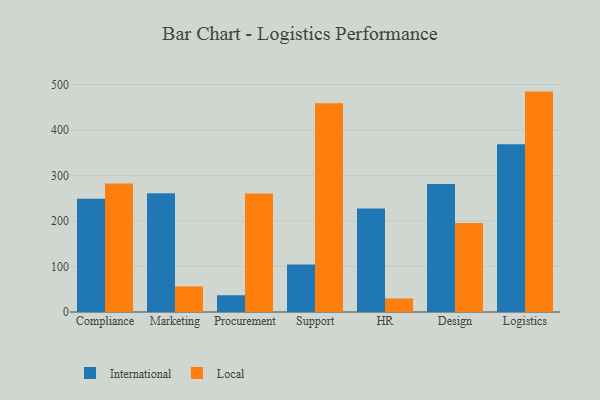
{"axis": {"x": "Department", "y": "Net Income (USD K)"}, "legend": ["International", "Local"], "data": [{"x": "Compliance", "y": 248.9, "type": "International"}, {"x": "Compliance", "y": 282.3, "type": "Local"}, {"x": "Marketing", "y": 261.3, "type": "International"}, {"x": "Marketing", "y": 56.2, "type": "Local"}, {"x": "Procurement", "y": 36.8, "type": "International"}, {"x": "Procurement", "y": 260.7, "type": "Local"}, {"x": "Support", "y": 104.4, "type": "International"}, {"x": "Support", "y": 458.7, "type": "Local"}, {"x": "HR", "y": 227.5, "type": "International"}, {"x": "HR", "y": 29.7, "type": "Local"}, {"x": "Design", "y": 281.6, "type": "International"}, {"x": "Design", "y": 195.8, "type": "Local"}, {"x": "Logistics", "y": 369.0, "type": "International"}, {"x": "Logistics", "y": 484.5, "type": "Local"}]}